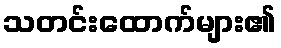
သတင်းထောက်များ၏